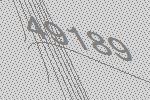
49189